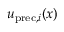
u _ { \mathrm { p r e c } , i } ( \boldsymbol { x } )